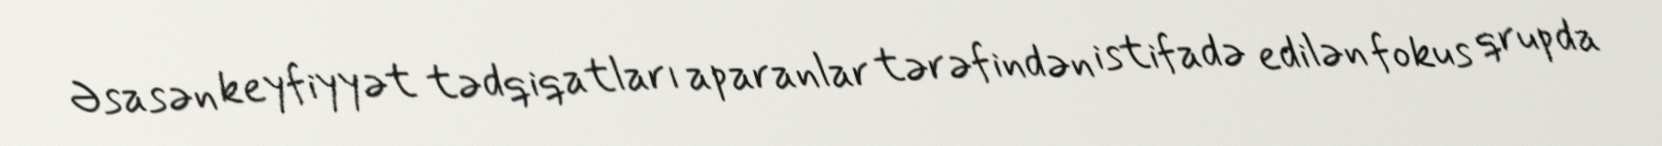
Əsasən keyfiyyət tədqiqatları aparanlar tərəfindən istifadə edilən fokus qrupda